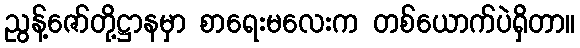
ညွန့်ဇော်တို့ဋ္ဌာနမှာ စာရေးမလေးက တစ်ယောက်ပဲရှိတာ။